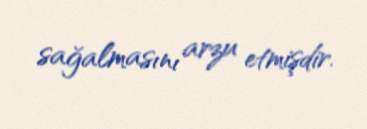
sağalmasını arzu etmişdir.